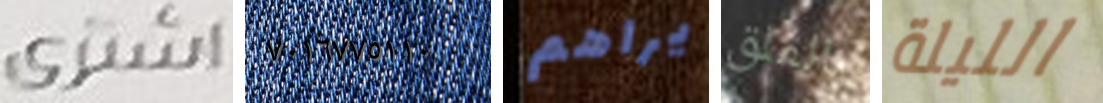
اشترى ٧٠١٦٧٧٥١١٠ يراهم بالقلق الليلة